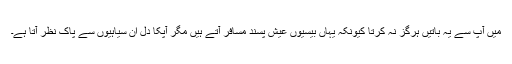
میں آپ سے یہ باتیں ہرگز نہ کرتا کیونکہ یہاں بیسیوں عیش پسند مسافر آتے ہیں مگر آپکا دل ان سیاہیوں سے پاک نظر آتا ہے۔